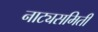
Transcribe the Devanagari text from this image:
नाट्यसमिती